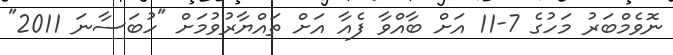
ނޮވެމްބަރު މަހުގެ 7-11 އަށް ބާއްވާ ފެއާ އަށް ތައްޔާރުވުމަށް "ހުބަސާނަ 2011"